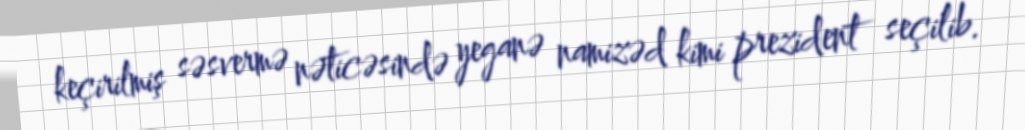
keçirilmiş səsvermə nəticəsində yeganə namizəd kimi prezident seçilib.